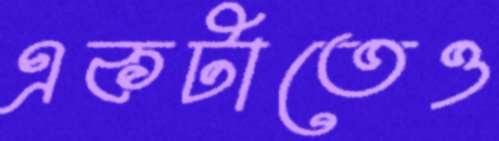
একটাতেও